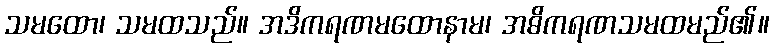
သမထော၊ သမထသည်။ အဒိကရဏမထောနာမ၊ အဓိကရဏသမထမည်၏။